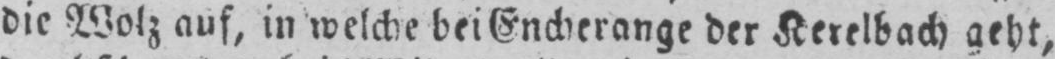
die Wolz auf, in welche bei Encherange der Kerelbach geht,